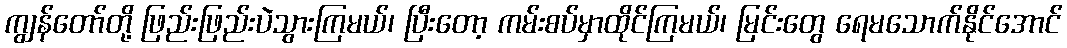
ကျွန်တော်တို့ ဖြည်းဖြည်းပဲသွားကြမယ်၊ ပြီးတော့ ကမ်းစပ်မှာထိုင်ကြမယ်၊ မြင်းတွေ ရေမသောက်နိုင်အောင်